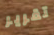
تقرير